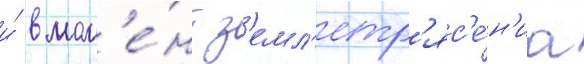
и́ в мом'е́нт з'емл'етр'яс'е́н'иа